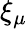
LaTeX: \xi_{\mu}